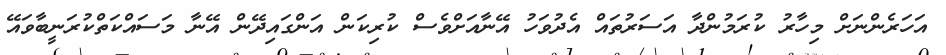
އަހަރެންނަށް މިހާރު ކުރަމުންދާ އަސަރުތައް އެދުވަހު އޭނާއަށްވެސް ކުރިކަން އަންގައިދޭން އޭނާ މަސައްކަތްކުރަނީބާވައޭ